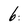
Character: 6